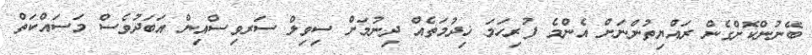
ބޭނުންކޮށްގެން ރައްޔިތުންނަށް އެންމެ ފުރިހަމަ ޚިދުމަތެއް ދިނުމަށް ސިވިލް ސަރވިސްއިން އަބަދުވެސް މަސައްކަތް